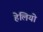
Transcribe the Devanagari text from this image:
हेलियो